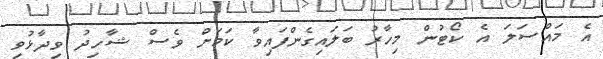
އެ މައްސަލަ އެ ކޯޓުން މިހާރު ބަލައިގެންފައިވާ ކަމަށް ވެސް ޝާހިދު ވިދާޅުވި